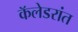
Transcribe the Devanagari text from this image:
कॅलेडरांत